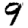
Digit: 9